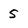
Character: 5